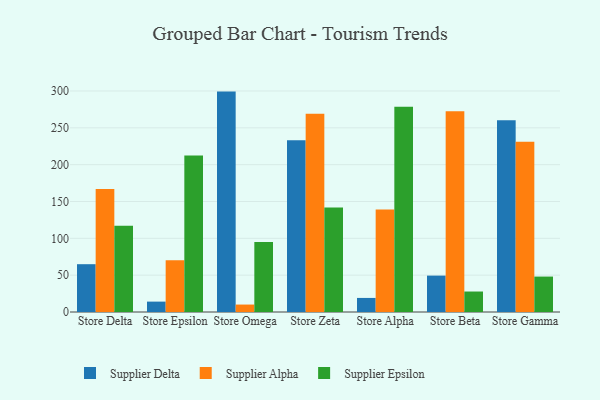
{"axis": {"x": "Store", "y": "Budget (USD K)"}, "legend": ["Supplier Alpha", "Supplier Delta", "Supplier Epsilon"], "data": [{"x": "Store Delta", "y": 64.9, "type": "Supplier Delta"}, {"x": "Store Delta", "y": 167.0, "type": "Supplier Alpha"}, {"x": "Store Delta", "y": 117.0, "type": "Supplier Epsilon"}, {"x": "Store Epsilon", "y": 14.1, "type": "Supplier Delta"}, {"x": "Store Epsilon", "y": 70.1, "type": "Supplier Alpha"}, {"x": "Store Epsilon", "y": 212.4, "type": "Supplier Epsilon"}, {"x": "Store Omega", "y": 299.2, "type": "Supplier Delta"}, {"x": "Store Omega", "y": 10.1, "type": "Supplier Alpha"}, {"x": "Store Omega", "y": 94.9, "type": "Supplier Epsilon"}, {"x": "Store Zeta", "y": 233.0, "type": "Supplier Delta"}, {"x": "Store Zeta", "y": 269.0, "type": "Supplier Alpha"}, {"x": "Store Zeta", "y": 141.8, "type": "Supplier Epsilon"}, {"x": "Store Alpha", "y": 19.1, "type": "Supplier Delta"}, {"x": "Store Alpha", "y": 139.3, "type": "Supplier Alpha"}, {"x": "Store Alpha", "y": 278.8, "type": "Supplier Epsilon"}, {"x": "Store Beta", "y": 49.4, "type": "Supplier Delta"}, {"x": "Store Beta", "y": 272.5, "type": "Supplier Alpha"}, {"x": "Store Beta", "y": 27.8, "type": "Supplier Epsilon"}, {"x": "Store Gamma", "y": 260.3, "type": "Supplier Delta"}, {"x": "Store Gamma", "y": 231.2, "type": "Supplier Alpha"}, {"x": "Store Gamma", "y": 48.1, "type": "Supplier Epsilon"}]}